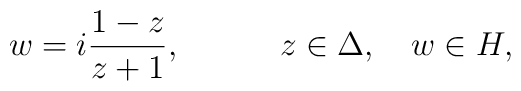
w=i{1-z\over z+1},\quad\qquad z\in\Delta,\quad w\in H,